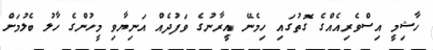
ހާޝިމީ އިސްވެރިއެއްގެ ގޮތުގައި ހިމެނޭ އީރާނުގެ ވަފުދެއް އަނިޔާވި މީހުންގެ ހާލު ބެލުމަށް